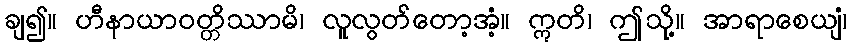
ချ၍။ ဟီနာယာဝတ္တိဿာမိ၊ လူလွတ်တော့အံ့။ ဣတိ၊ ဤသို့။ အာရာစေယျံ၊